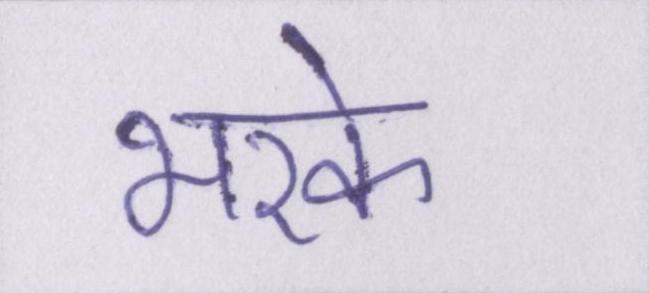
भरके